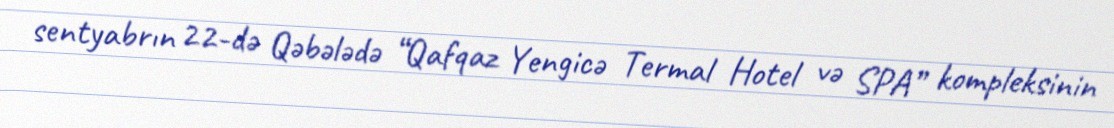
sentyabrın 22-də Qəbələdə “Qafqaz Yengicə Termal Hotel və SPA” kompleksinin